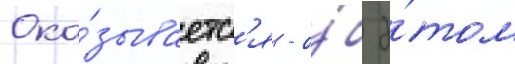
Ока́зываетс'я - о́б э́том